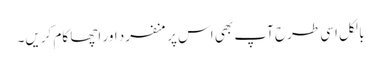
بالکل اسی طرح آپ بھی اس پر منفرد اور اچھا کام کریں۔